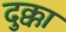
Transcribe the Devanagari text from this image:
दुक्का